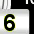
Digit: 6